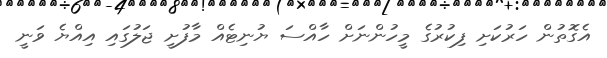
އެގޮތުން ހަރުކަށި ފިކުރުގެ މީހުންނަށް ހާއްސަ ޔުނިޓެއް މާފުށީ ޖަލުގައި އިއްޔެ ވަނީ